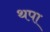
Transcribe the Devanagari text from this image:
थपा